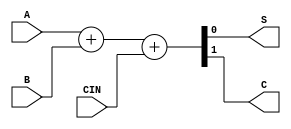
module full_adder_behav (A,B,CIN,S,C);
input A,B,CIN;
output S,C;

assign {C,S} = A + B + CIN ;

endmodule